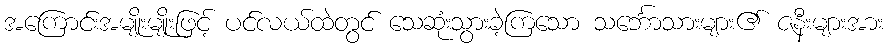
အကြောင်းအမျိုးမျိုးဖြင့် ပင်လယ်ထဲတွင် သေဆုံးသွားခဲ့ကြသော သင်္ဘောသားများ၏ ဇနီးများအား